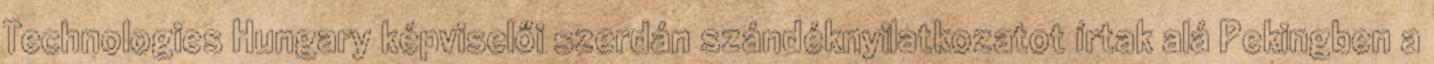
Technologies Hungary képviselői szerdán szándéknyilatkozatot írtak alá Pekingben a